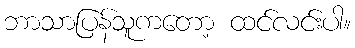
ဘာသာပြန်သူကတော့ ထင်လင်းပါ။